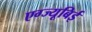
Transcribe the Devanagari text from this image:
एग्ज्यूबिई